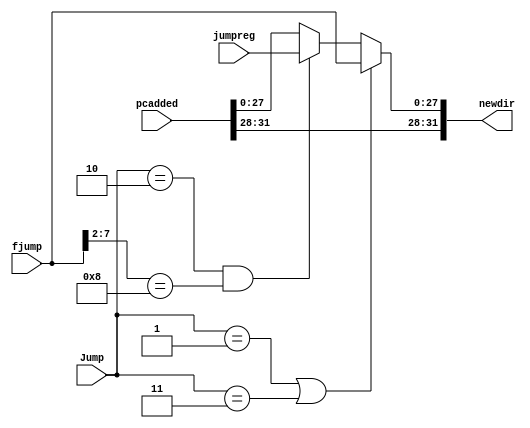
module jump(fjump,Jump,pcadded,newdir,jumpreg);
input[31:0] pcadded;
input[27:0] fjump,jumpreg;
input[1:0] Jump;
wire[31:0] temp;
output[31:0] newdir;
assign temp=newdir;

//assign newdir=(Jump==1)?({pcadded[31:28],fjump}):(Jump==2)?jumpreg:temp;
assign newdir=(Jump==1|Jump==3)?({pcadded[31:28],fjump}):(Jump==2&fjump[7:2]==8)?({pcadded[31:28],jumpreg}):pcadded;
always@(*)begin
$display("fjump [7:2] es %b",fjump[7:2]);
end

endmodule